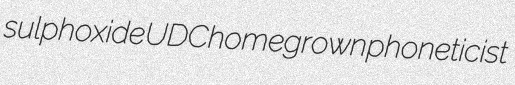
sulphoxide UDC homegrown phoneticist